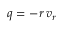
q = - r \, v _ { r }